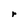
Character: r